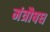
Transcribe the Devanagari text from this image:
मंत्रौषध